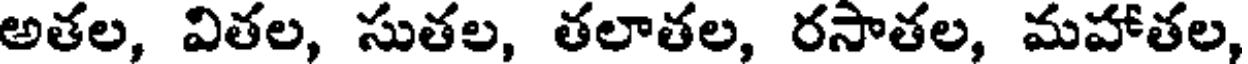
అతల, వితల, సుతల, తలాతల, రసాతల, మహాతల,